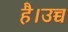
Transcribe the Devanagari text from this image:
है।उच्च